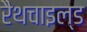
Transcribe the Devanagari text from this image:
रैथचाइल्ड